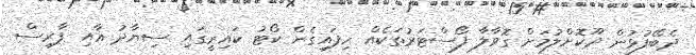
ދެބޭފުޅުން ދޫކޮށްލުމަށް ގޮވާލާ ފޯސްޓަރުތަކެއް ހިފައިގެން ކޯޓު ކައިރީގައި ސިޔާދު އާއި ފާރިސް